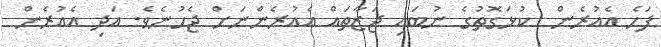
ފަހެ އެއުރެން  ކުޅަގޮތުގެ ނުބައި ޖަޒާތައް އެއުރެންނަށް ޖެހުނެވެ. އަދި އެއުރެން